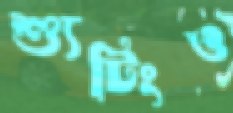
শ্যুটিংও